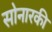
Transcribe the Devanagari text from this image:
सोनारकी